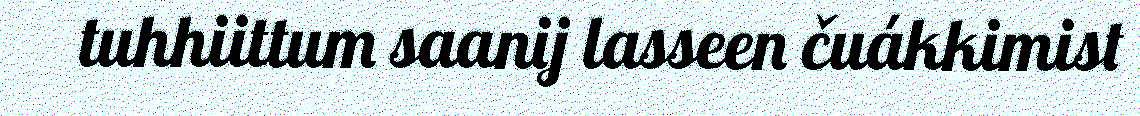
tuhhiittum saanij lasseen čuákkimist